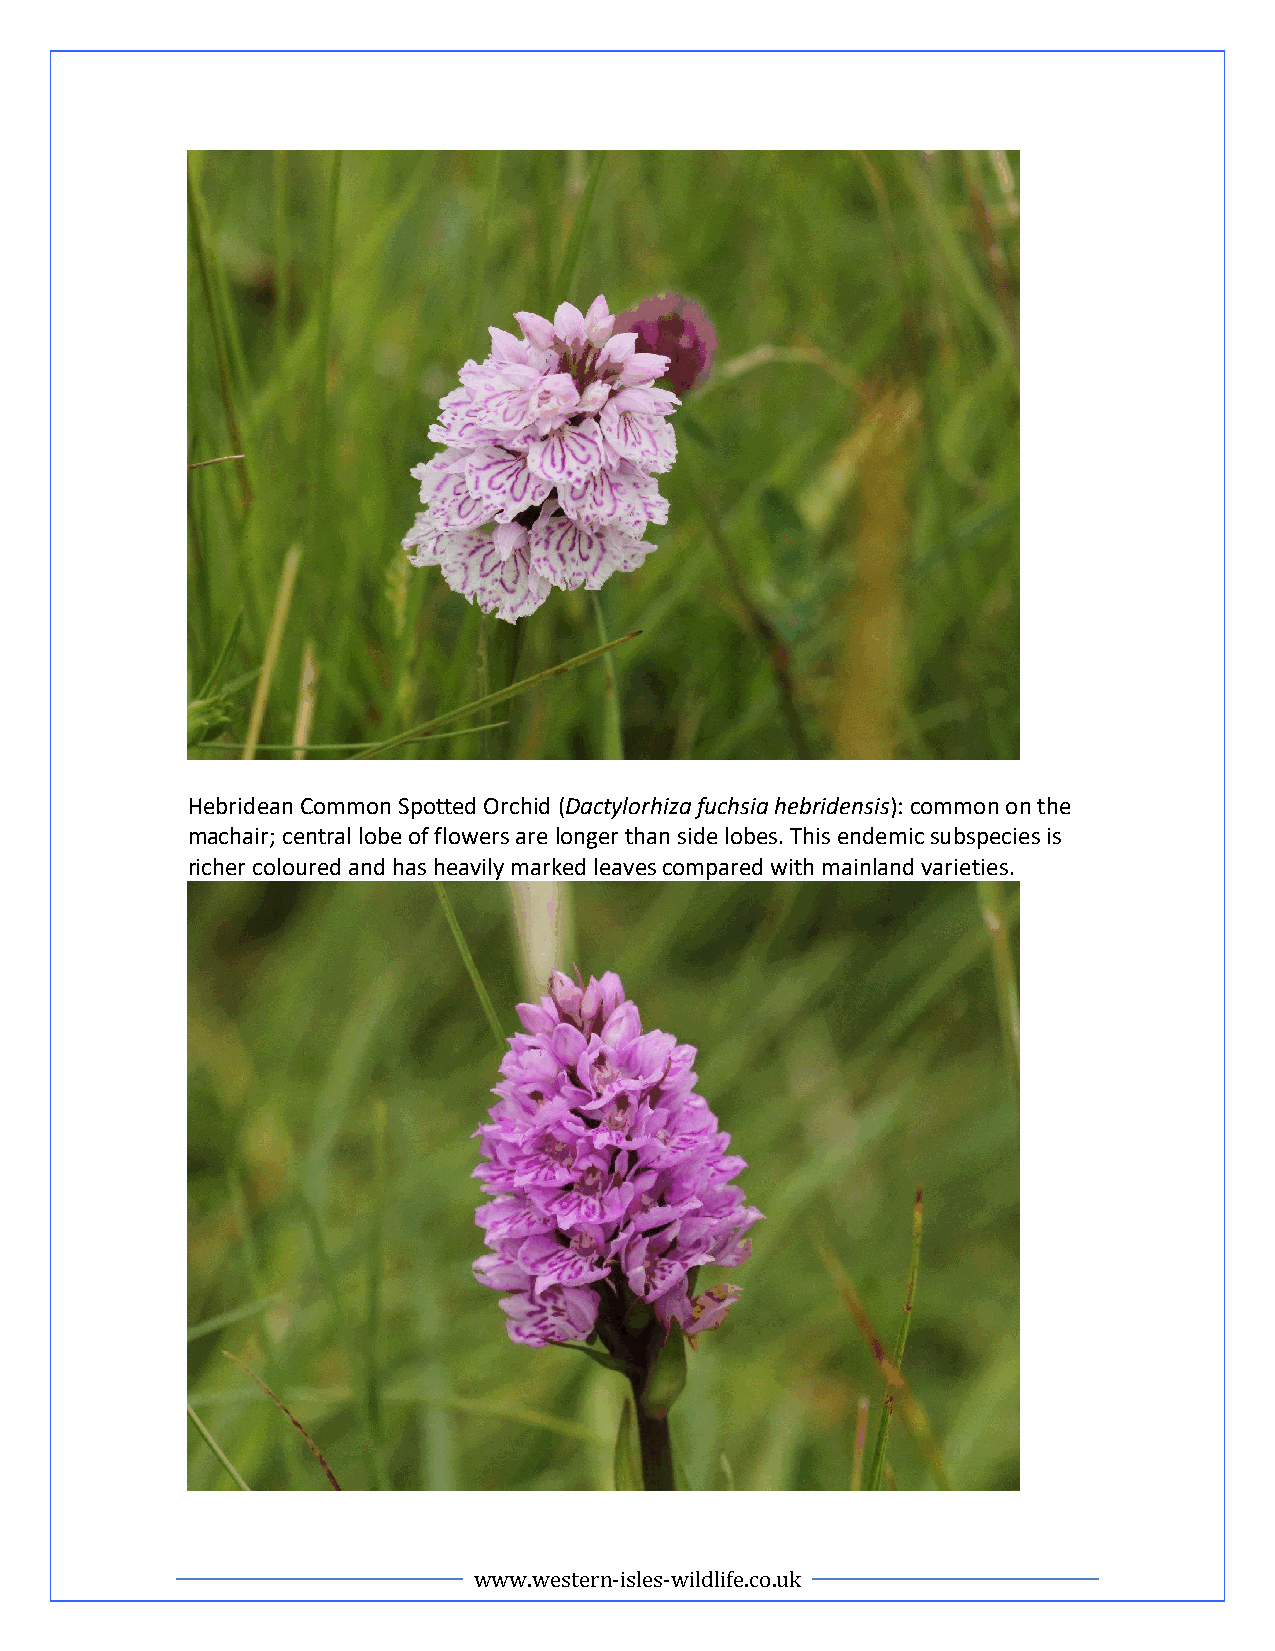
Hebridean Common Spotted Orchid (Dactylorhiza fuchsia hebridensis): common on the
 machair; central lobe of flowers are longer than side lobes. This endemic subspecies is
 richer coloured and has heavily marked leaves compared with mainland varieties.
 www.western-isles-wildlife.co.uk